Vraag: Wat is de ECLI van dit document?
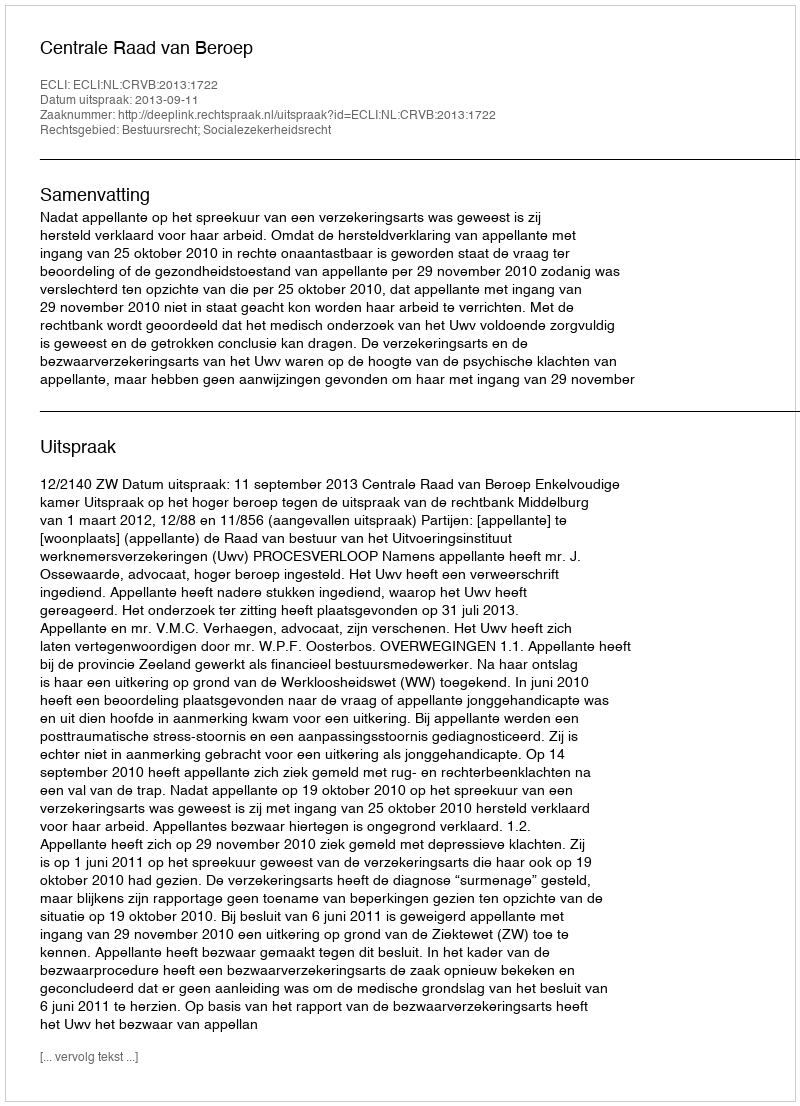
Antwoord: ECLI:NL:CRVB:2013:1722